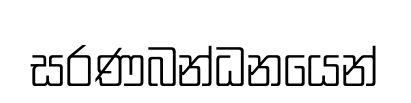
සරණබන්ධනයෙන්